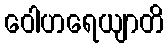
ဝေါဟရေယျာတိ